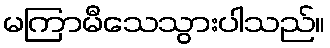
မကြာမီသေသွားပါသည်။